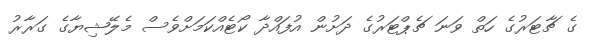
ގެ ޗާޓަރުގެ ހަތް ވަނަ ޗެޕްޓަރުގެ ދަށުން އުފައްދާ ކޯޓެއްކަމަށްވެސް މެލޭޝިޔާގެ ގަރާރު